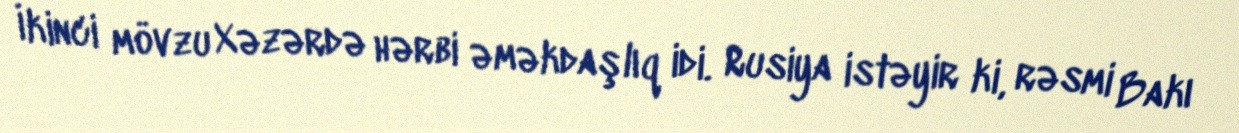
İkinci mövzu Xəzərdə hərbi əməkdaşlıq idi. Rusiya istəyir ki, rəsmi Bakı